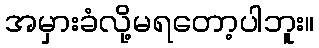
အမှားခံလို့မရတော့ပါဘူး။